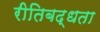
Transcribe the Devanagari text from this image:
रीतिबद्धता